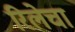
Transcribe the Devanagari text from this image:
रिलेचा